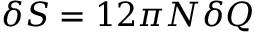
\delta S = 1 2 \pi N \delta Q